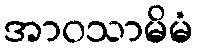
အာဝသာမိမံ